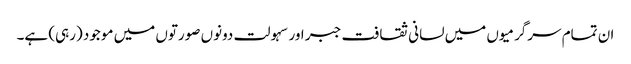
ان تمام سرگرمیوں میں لسانی ثقافت جبر اور سہولت دونوں صورتوں میں موجود (رہی) ہے۔